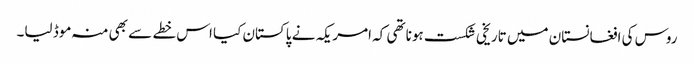
روس کی افغانستان میں تاریخی شکست ہونا تھی کہ امریکہ نے پاکستان کیا اس خطے سے بھی منہ موڈ لیا۔